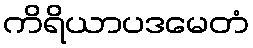
ကိရိယာပဒမေတံ